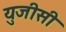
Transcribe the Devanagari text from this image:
युजीसी